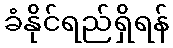
ခံနိုင်ရည်ရှိရန်